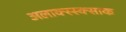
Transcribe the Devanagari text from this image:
अलाक्स्स्क्साक